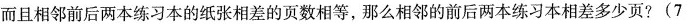
而且相邻前后两本练习本的纸张相差的页数相等，那么相邻的前后两本练习本相差多少页?(7